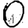
Digit: 0